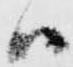
ハ